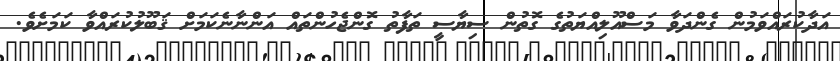
އަދާކުރައްވަމުން ގެންދަވާ މަސްއޫލިއްޔަތުގެ ގޮތުން ސިޔާސީ ތަފާތު ގޮންޖެހުންތައް އަންނާނެކަމަށް ޤަބޫލުކުރައްވާ ކަމަށެވެ.